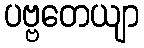
ပဗ္ဗတေယျာ